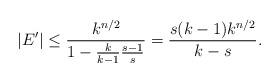
LaTeX: \begin{align*}|E'| \leq \frac{k^{n/2}}{1 - \frac{k}{k-1}\frac{s-1}{s}} = \frac{s(k-1)k^{n/2}}{k-s}.\end{align*}